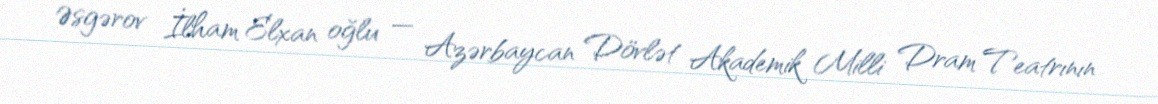
Əsgərov İlham Elxan oğlu — Azərbaycan Dövlət Akademik Milli Dram Teatrının